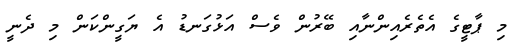
މި ޕާޓީގެ އެތެރެއިންނާއި ބޭރުން ވެސް އަޅުގަނޑު އެ ޔަގީންކަން މި ދެނީ